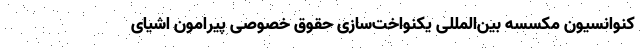
کنوانسیون مکسسه بین‌المللی یکنواخت‌سازی حقوق خصوصی پیرامون اشیای